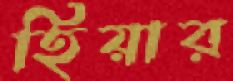
হিয়ার